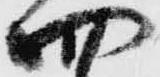
四